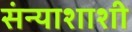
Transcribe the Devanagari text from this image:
संन्याशाशी